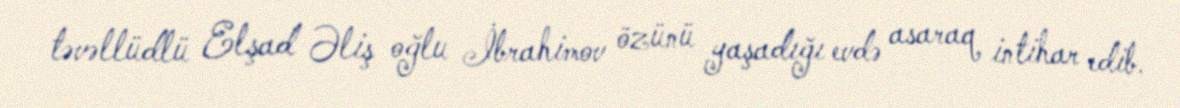
təvəllüdlü Elşad Əliş oğlu İbrahimov özünü yaşadığı evdə asaraq intihar edib.